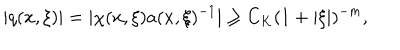
| q ( x , \xi ) | = | \chi ( x , \xi ) a ( x , \xi ) ^ { - 1 } | \geq C _ { K } ( 1 + | \xi | ) ^ { - m } ,